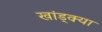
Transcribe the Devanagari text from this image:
खांड्क्या